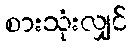
စားသုံးလျှင်